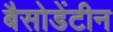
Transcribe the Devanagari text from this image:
बैसोडेंटीन